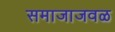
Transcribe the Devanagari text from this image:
समाजाजवळ